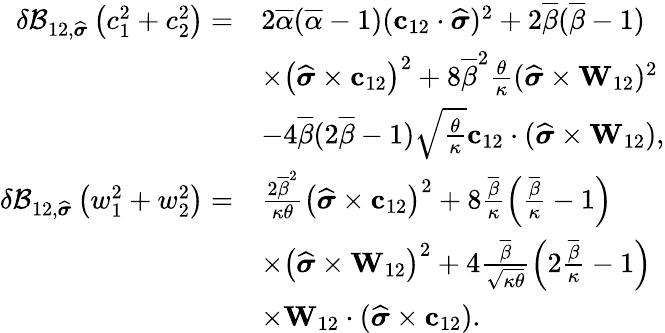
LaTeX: \begin{array}{rl}{\delta\mathcal{B}_{12,\widehat{\boldsymbol{\sigma}}}\left(c_{1}^{2}+c_{2}^{2}\right)=}&{2\overline{{\alpha}}(\overline{{\alpha}}-1)(\mathbf{c}_{12}\cdot\widehat{\boldsymbol{\sigma}})^{2}+2\overline{{\beta}}(\overline{{\beta}}-1)}\\ &{\times\left(\widehat{\boldsymbol{\sigma}}\times\mathbf{c}_{12}\right)^{2}+8\overline{{\beta}}^{2}\frac{\theta}{\kappa}(\widehat{\boldsymbol{\sigma}}\times\mathbf{W}_{12})^{2}}\\ &{-4\overline{{\beta}}(2\overline{{\beta}}-1)\sqrt{\frac{\theta}{\kappa}}\mathbf{c}_{12}\cdot(\widehat{\boldsymbol{\sigma}}\times\mathbf{W}_{12}),}\\ {\delta\mathcal{B}_{12,\widehat{\boldsymbol{\sigma}}}\left(w_{1}^{2}+w_{2}^{2}\right)=}&{\frac{2\overline{{\beta}}^{2}}{\kappa\theta}\left(\widehat{\boldsymbol{\sigma}}\times\mathbf{c}_{12}\right)^{2}+8\frac{\overline{{\beta}}}{\kappa}\left(\frac{\overline{{\beta}}}{\kappa}-1\right)}\\ &{\times\left(\widehat{\boldsymbol{\sigma}}\times\mathbf{W}_{12}\right)^{2}+4\frac{\overline{{\beta}}}{\sqrt{\kappa\theta}}\left(2\frac{\overline{{\beta}}}{\kappa}-1\right)}\\ &{\times\mathbf{W}_{12}\cdot(\widehat{\boldsymbol{\sigma}}\times\mathbf{c}_{12}).}\end{array}